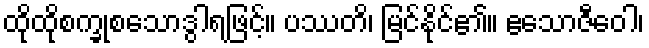
ထိုထိုစက္ခုစသောဒွါရဖြင့်။ ပဿတိ၊ မြင်နိုင်၏။ ဧသောဇီဝေါ၊